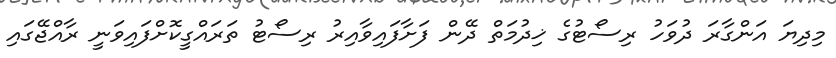
މިދިޔަ އަންގާރަ ދުވަހު ރިސޯޓުގެ ޚިދުމަތް ދޭން ފަށާފައިވާއިރު ރިސޯޓު ތަރައްގީކޮށްފައިވަނީ ރާއްޖޭގައި